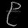
Digit: ၉